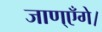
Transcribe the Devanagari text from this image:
जाण्‌एँगे।